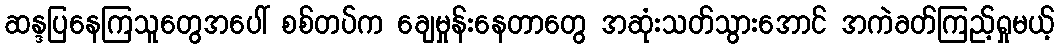
ဆန္ဒပြနေကြသူတွေအပေါ် စစ်တပ်က ချေမှုန်းနေတာတွေ အဆုံးသတ်သွားအောင် အကဲခတ်ကြည့်ရှုမယ့်